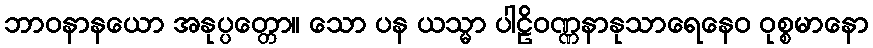
ဘာဝနာနယော အနုပ္ပတ္တော။ သော ပန ယသ္မာ ပါဠိဝဏ္ဏနာနုသာရေနေဝ ဝုစ္စမာနော